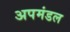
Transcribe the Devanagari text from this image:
अपमंडल